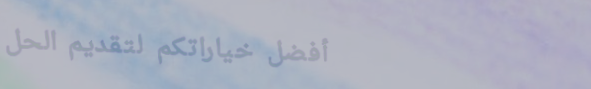
أفضل خياراتكم لتقديم الحل